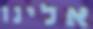
אלינו